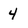
Character: 4